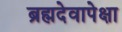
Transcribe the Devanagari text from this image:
ब्रह्मदेवापेक्षा